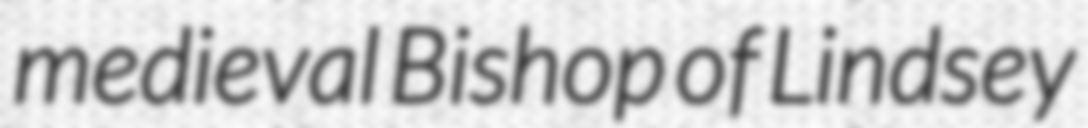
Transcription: medieval Bishop of Lindsey